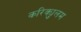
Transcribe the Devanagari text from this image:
करिक्युलम